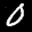
Label: 0